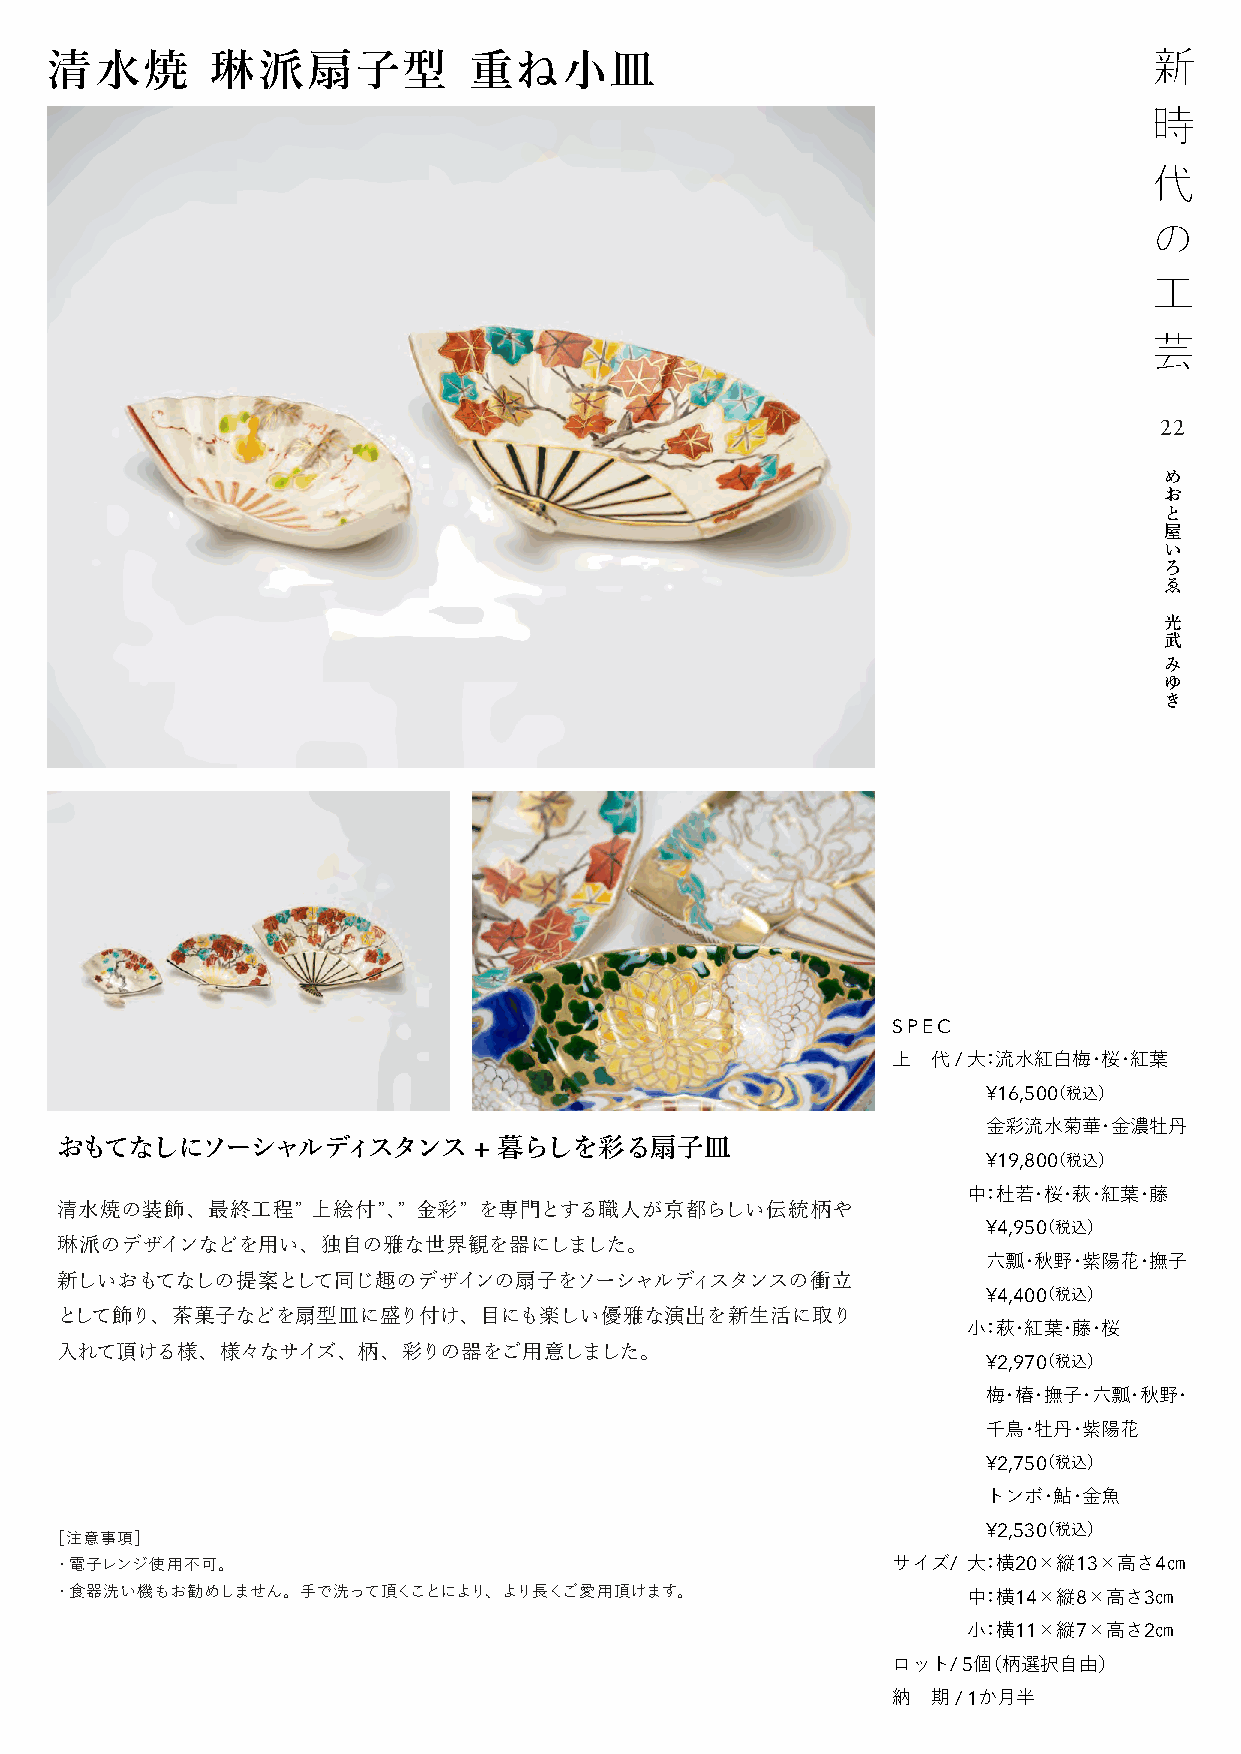
清水焼        琳派扇子型            重ね小皿
 22
 め
 お
 と
 屋
 い
 ろ
 ゑ
 光
 武
 み
 ゆ
 き
 SPEC
 上  代 / 大：流水紅白梅・桜・紅葉
 ¥16,500（税込）
 金彩流水菊華・金濃牡丹
 おもてなしにソーシャルディスタンス+           暮らしを彩る扇子皿
 ¥19,800（税込）
 中：杜若・桜・萩・紅葉・藤
 清水焼の装飾、最終工程”     上絵付”、” 金彩” を専門とする職人が京都らしい伝統柄や
 ¥4,950（税込）
 琳派のデザインなどを用い、独自の雅な世界観を器にしました。
 六瓢・秋野・紫陽花・撫子
 新しいおもてなしの提案として同じ趣のデザインの扇子をソーシャルディスタンスの衝立
 ¥4,400（税込）
 として飾り、茶菓子などを扇型皿に盛り付け、目にも楽しい優雅な演出を新生活に取り
 小：萩・紅葉・藤・桜
 入れて頂ける様、様々なサイズ、柄、彩りの器をご用意しました。
 ¥2,970（税込）
 梅・椿・撫子・六瓢・秋野・
 千鳥・牡丹・紫陽花
 ¥2,750（税込）
 トンボ・鮎・金魚
 ¥2,530（税込）
 ［注意事項］
 ・電子レンジ使用不可。                                            サイズ/ 大：横20×縦13×高さ4㎝
 ・食器洗い機もお勧めしません。手で洗って頂くことにより、より長くご愛用頂けます。                    中：横14×縦8×高さ3㎝
 小：横11×縦7×高さ2㎝
 ロット/ 5個（柄選択自由）
 納  期 / 1か月半